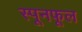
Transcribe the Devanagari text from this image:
स्पूनफूल